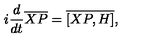
i \frac { d } { d t } \overline { { X P } } = \overline { { [ X P , H ] } } ,